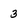
Character: 3